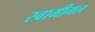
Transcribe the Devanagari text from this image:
स्वामीगल